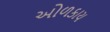
ઓળકાય